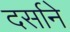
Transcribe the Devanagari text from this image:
दर्साने